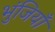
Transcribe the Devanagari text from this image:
भुंजियाँ